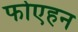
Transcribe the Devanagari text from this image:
फोएहन